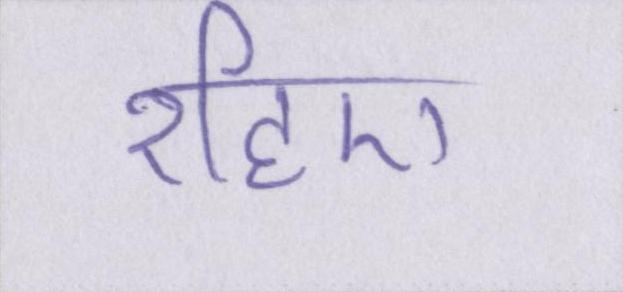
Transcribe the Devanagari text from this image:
रहिए